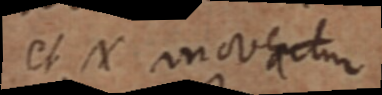
et X moveatur